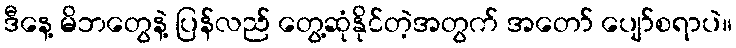
ဒီနေ့ မိဘတွေနဲ့ ပြန်လည် တွေ့ဆုံနိုင်တဲ့အတွက် အတော် ပျော်စရာပဲ။